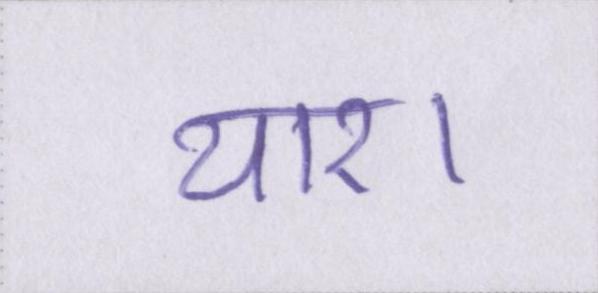
यार।